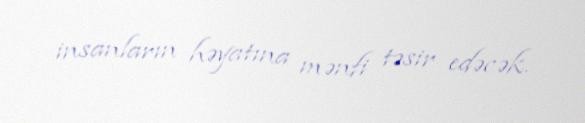
insanların həyatına mənfi təsir edəcək.